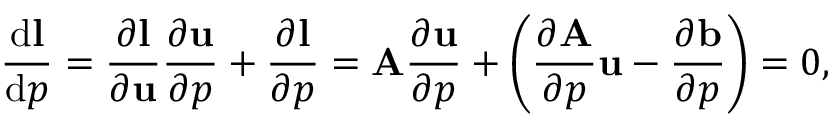
\frac { \mathrm { d } \mathbf { l } } { \mathrm { d } p } = \frac { \partial \mathbf { l } } { \partial \mathbf { u } } \frac { \partial \mathbf { u } } { \partial p } + \frac { \partial \mathbf { l } } { \partial p } = \mathbf { A } \frac { \partial \mathbf { u } } { \partial p } + \left( \frac { \partial \mathbf { A } } { \partial p } \mathbf { u } - \frac { \partial \mathbf { b } } { \partial p } \right) = 0 ,